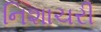
નિશાચરી